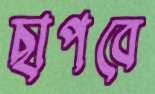
ছাপবে